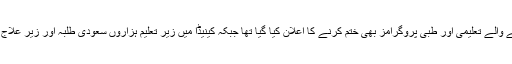
اس کے ساتھ کینیڈا میں سعودی سرپرستی میں چلنے والے تعلیمی اور طبی پروگرامز بھی ختم کرنے کا اعلان کیا گیا تھا جبکہ کینیڈا میں زیر تعلیم ہزاروں سعودی طلبہ اور زیر علاج مریضوں کو منتقل کرنے کا بھی منصوبہ بنایا تھا۔